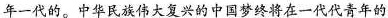
年一代的。中华民族伟大复兴的中国梦终将在一代代青年的